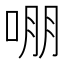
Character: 𭈒